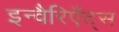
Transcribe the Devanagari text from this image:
इन्वैरिएँट्स